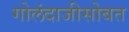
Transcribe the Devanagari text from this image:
गोलंदाजीसोबत